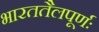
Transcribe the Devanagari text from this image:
भारततैलपूर्णः